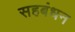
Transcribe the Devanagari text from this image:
सहबंधन